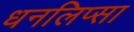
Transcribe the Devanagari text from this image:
धनलिप्सा